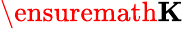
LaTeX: \ensuremath\mathbf{K}